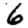
Digit: 6